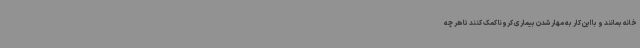
خانه بمانند و با این کار به مهار شدن بیماری کرونا کمک کنند تا هر چه